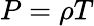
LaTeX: P=\rho T